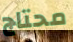
محتاج